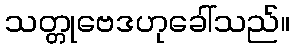
သတ္တုဗေဒဟုခေါ်သည်။